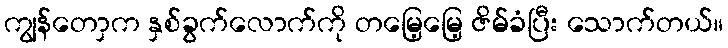
ကျွန်တောှက နှစ်ခွက်လောက်ကို တမြေ့မြေ့ ဇိမ်ခံပြီး သောက်တယ်။